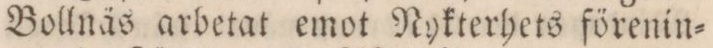
Bollnäs arbetat emot Nykterhets förenin=